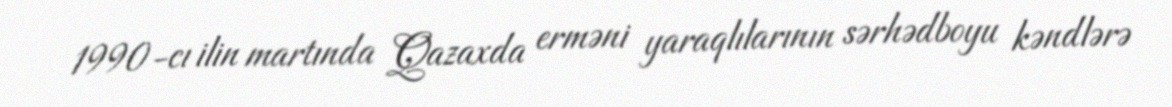
1990-cı ilin martında Qazaxda erməni yaraqlılarının sərhədboyu kəndlərə